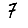
Digit: 7